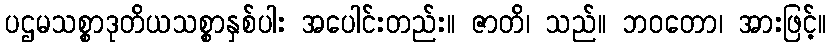
ပဌမသစ္စာဒုတိယသစ္စာနှစ်ပါး အပေါင်းတည်း။ ဇာတိ၊ သည်။ ဘဝတော၊ အားဖြင့်။